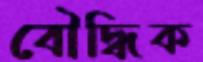
বৌদ্ধিক